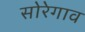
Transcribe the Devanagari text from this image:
सोरेगाव